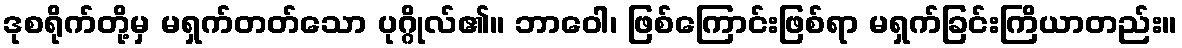
ဒုစရိုက်တို့မှ မရှက်တတ်သော ပုဂ္ဂိုလ်၏။ ဘာဝေါ၊ ဖြစ်ကြောင်းဖြစ်ရာ မရှက်ခြင်းကြိယာတည်း။